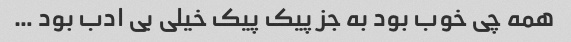
همه چی خوب بود به جز پیک پیک خیلی بی ادب بود …